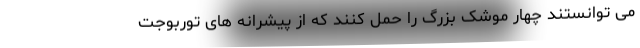
می توانستند چهار موشک بزرگ را حمل کنند که از پیشرانه های توربوجت